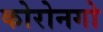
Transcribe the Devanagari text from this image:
कोरोनगो